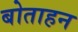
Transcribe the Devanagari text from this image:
बोताहन